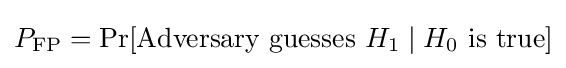
P_{\text{FP}}=\Pr[{\text{Adversary guesses }}H_{1}\mid H_{0}{\text{ is true}}]